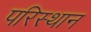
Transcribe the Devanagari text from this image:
परिस्थान